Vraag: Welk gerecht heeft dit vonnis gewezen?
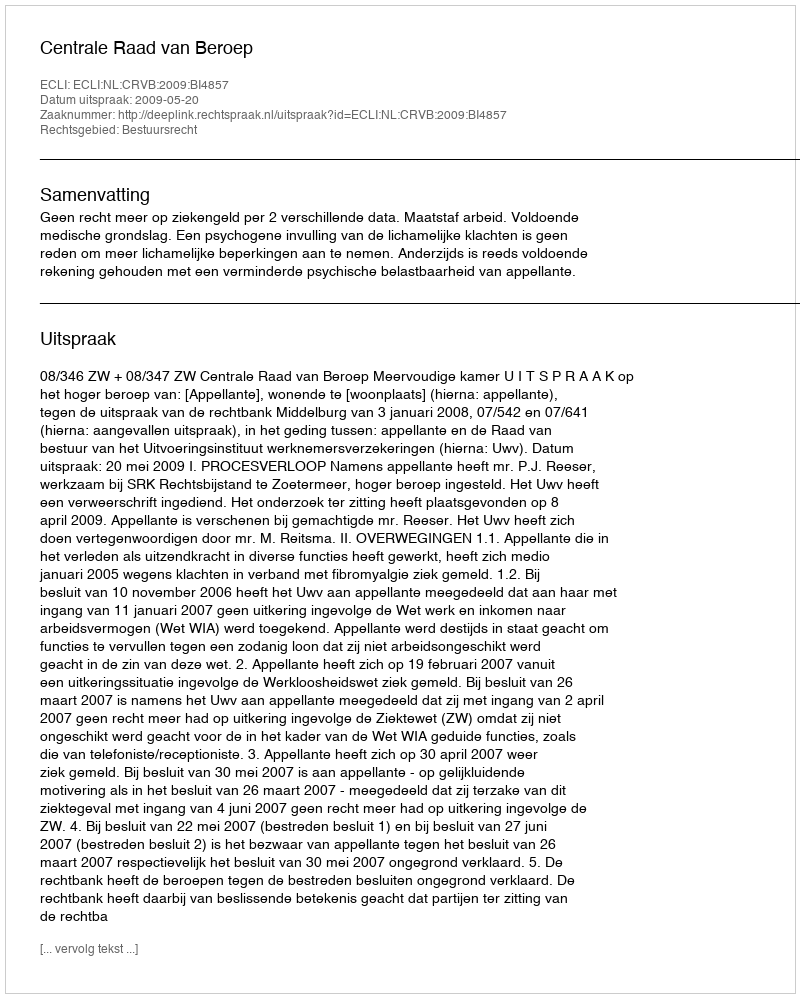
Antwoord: Centrale Raad van Beroep